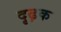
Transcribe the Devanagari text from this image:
दृढ़क